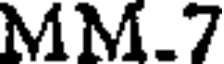
MM.7